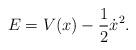
LaTeX: \begin{align*}E = V(x) - \frac{1}{2} \dot{x}^2. \end{align*}